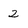
Character: 2